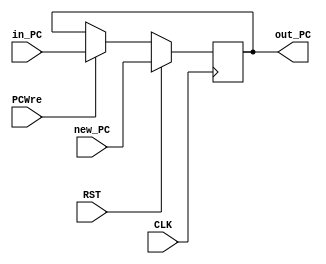
`timescale 1ns / 1ps
//////////////////////////////////////////////////////////////////////////////////
// Company: 
// Engineer: 
// 
// Design Name: 
// Module Name:    PC 
// Project Name: 
// Target Devices: 
// Tool versions: 
// Description: 
//
// Dependencies: 
//
// Revision: 
// Revision 0.01 - File Created
// Additional Comments: 
//
//////////////////////////////////////////////////////////////////////////////////
module PC(CLK, RST, PCWre, in_PC, out_PC, new_PC);
	input wire CLK, RST, PCWre;
	input wire [31:0] in_PC, new_PC;
	output reg [31:0] out_PC;
	
	always @(posedge CLK) begin
		if (RST == 1)
			out_PC = new_PC;
		else if (PCWre)
			out_PC = in_PC;
		else if (!PCWre)
			out_PC = out_PC;
	end

endmodule